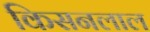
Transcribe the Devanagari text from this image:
किसनलाल